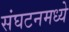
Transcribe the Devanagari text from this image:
संघटनमध्ये